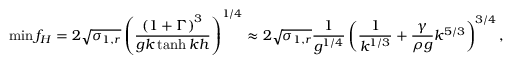
\operatorname* { m i n } { f _ { H } } = 2 \sqrt { \sigma _ { 1 , r } } \left( \frac { \left( 1 + \Gamma \right) ^ { 3 } } { g k \operatorname { t a n h } { k h } } \right) ^ { 1 / 4 } \approx 2 \sqrt { \sigma _ { 1 , r } } \frac { 1 } { g ^ { 1 / 4 } } \left( \frac { 1 } { k ^ { 1 / 3 } } + \frac { \gamma } { \rho g } k ^ { 5 / 3 } \right) ^ { 3 / 4 } ,